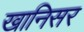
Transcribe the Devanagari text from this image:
खानिसर